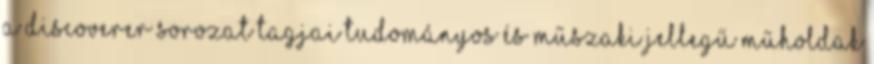
A Discoverer sorozat tagjai tudományos és műszaki jellegű műholdak